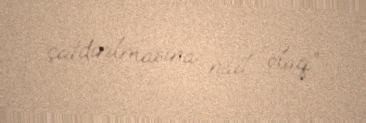
çatdırılmasına nail olaq”.